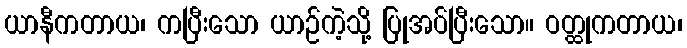
ယာနီကတာယ၊ ကပြီးသော ယာဉ်ကဲ့သို့ ပြုအပ်ပြီးသော။ ဝတ္ထုကတာယ၊